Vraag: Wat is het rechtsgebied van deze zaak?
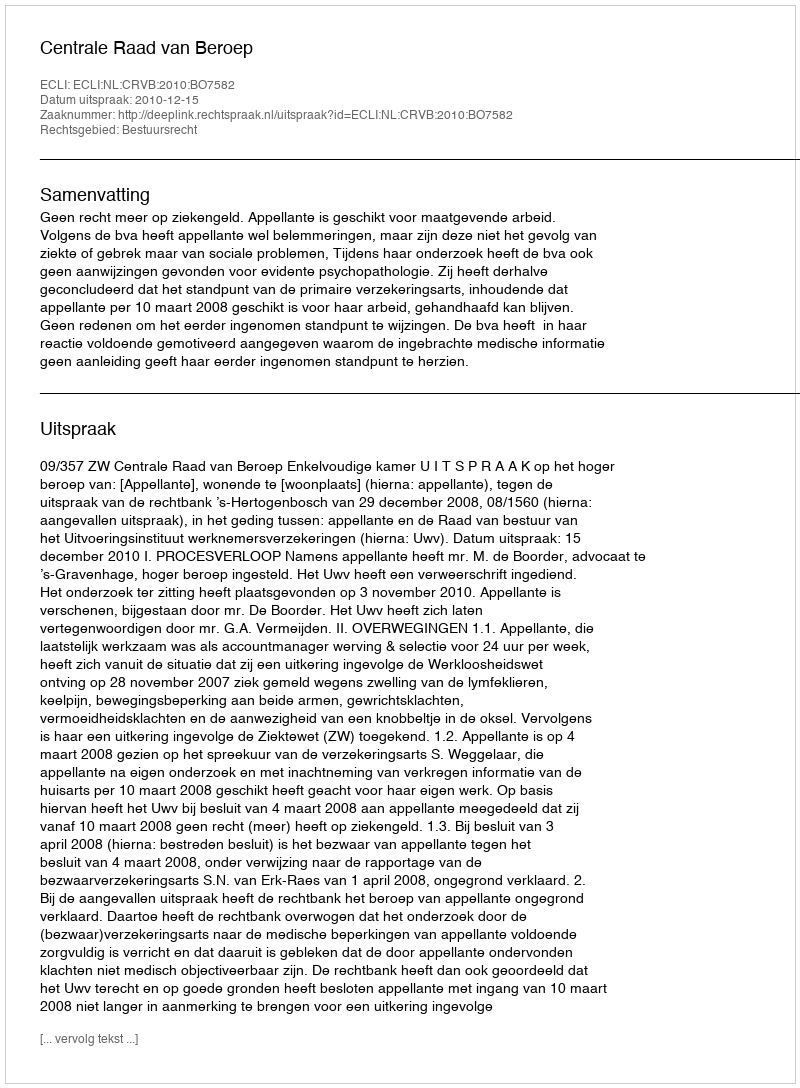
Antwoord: Bestuursrecht